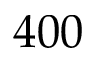
4 0 0